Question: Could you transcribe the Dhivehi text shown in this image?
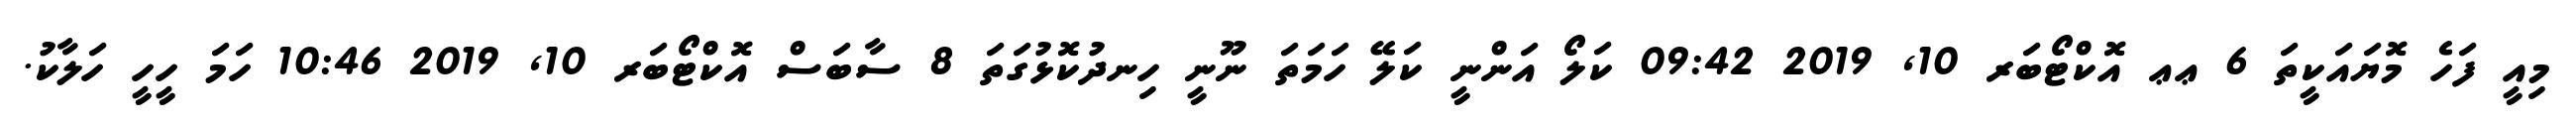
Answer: މިއީ ފަހެ މޮޔައަކީތަ 6 ޢޢ އޮކްޓޯބަރ 10, 2019 09:42 ކަލޯ އަންނީ ކަލޭ ހަމަތަ ނޫނީ ހިނދުކޮޅުގަތަ 8 ސާބަސް އޮކްޓޯބަރ 10, 2019 10:46 ހަމަ ހީހީ ހަލާކު.